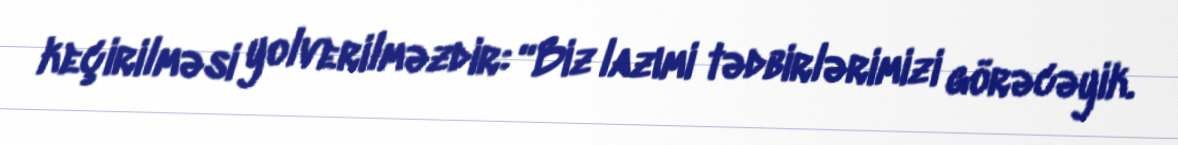
keçirilməsi yolverilməzdir: “Biz lazımi tədbirlərimizi görəcəyik.